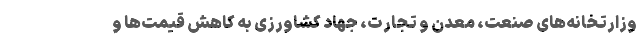
وزارتخانه‌های صنعت، معدن و تجارت، جهاد کشاورزی به کاهش قیمت‌ها و